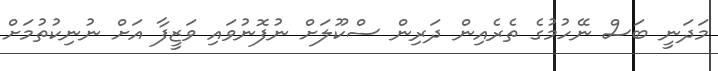
މަދަނީ ބަސް ނޭހުމުގެ ތެރެއިން ދަރިން ސްކޫލަށް ނުފޮނުވައި ވަޒީފާ އަށް ނުނިކުތުމަށް